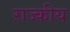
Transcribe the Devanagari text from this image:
राज्कीय